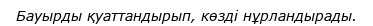
Бауырды қуаттандырып, көзді нұрландырады.